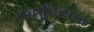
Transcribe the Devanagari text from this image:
फेर्गुस्सन